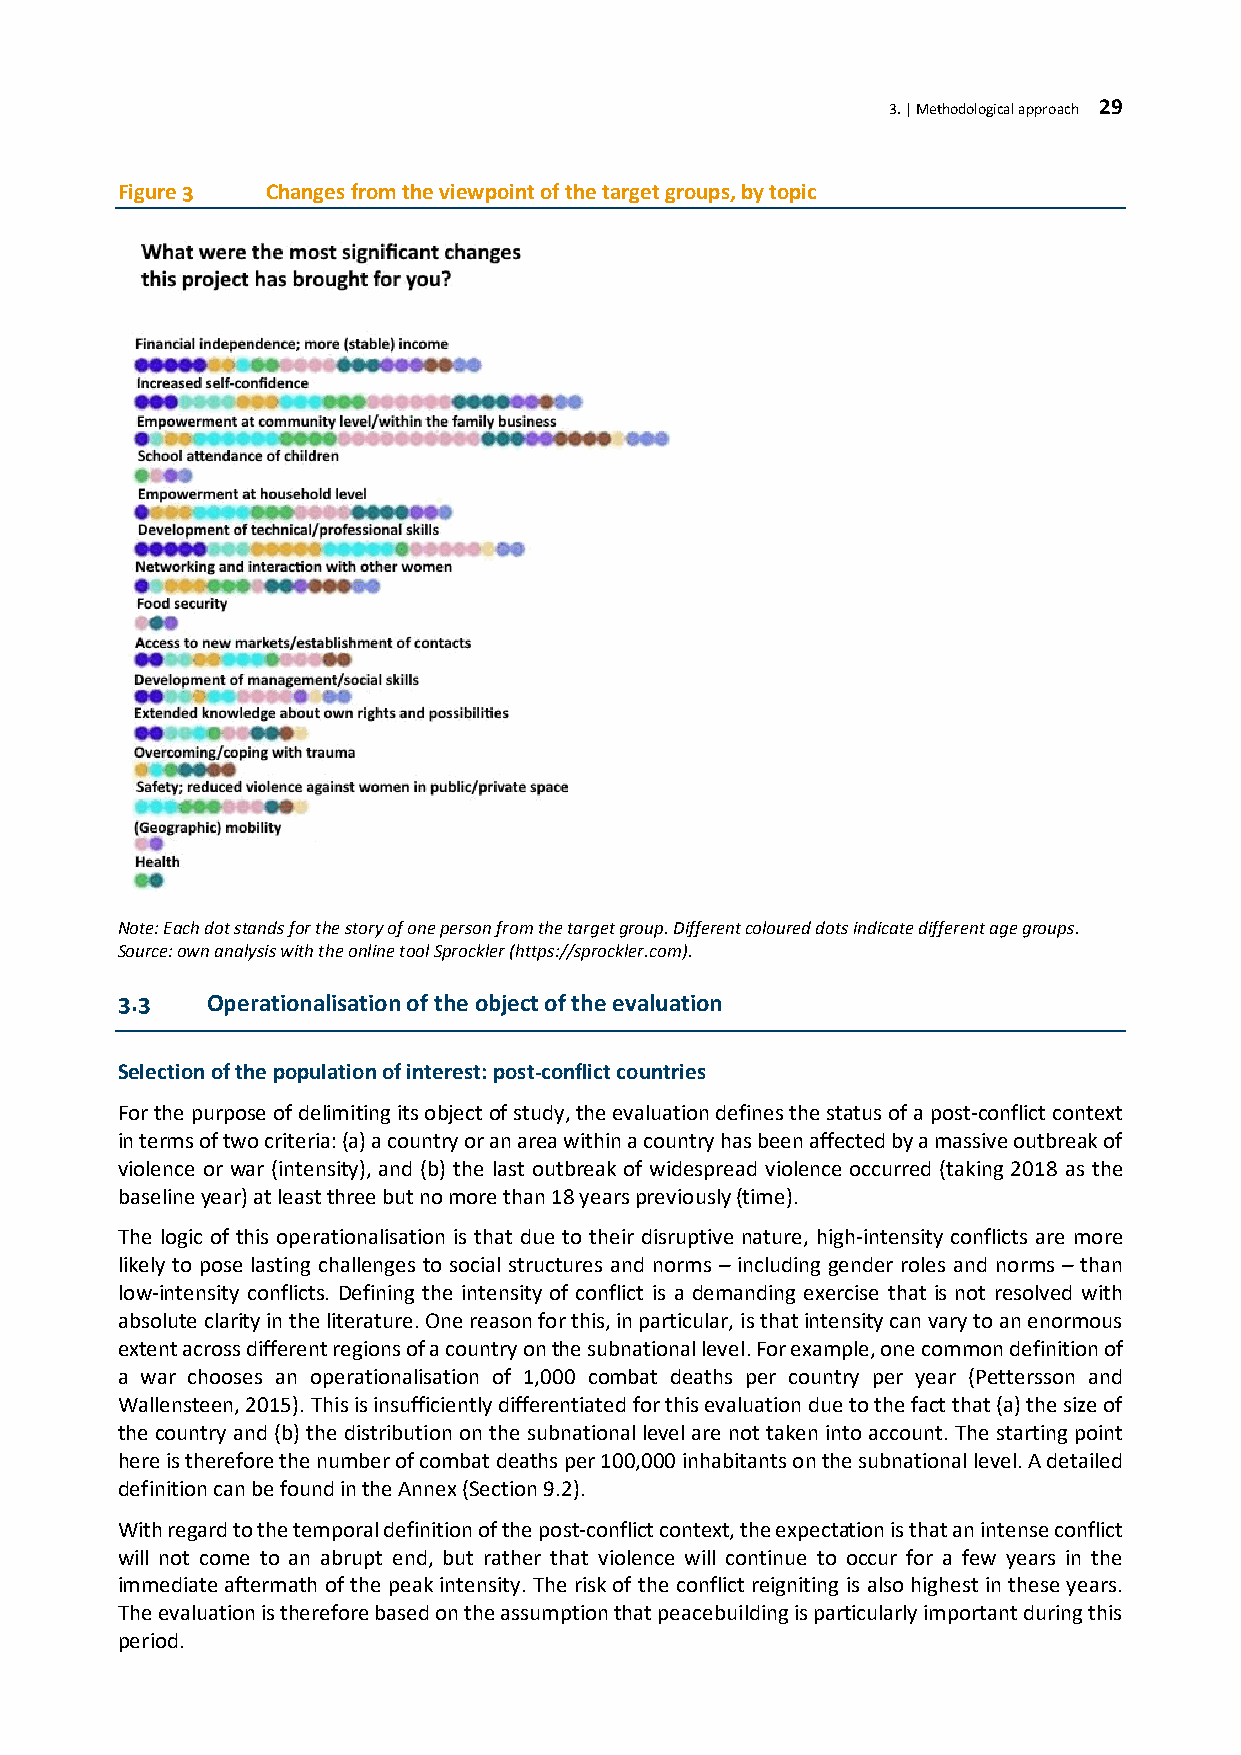
3. | Methodological approach 29
 Figure 3  Changes from the viewpoint of the target groups, by topic
 Note: Each dot stands for the story of one person from the target group. Different coloured dots indicate different age groups.
 Source: own analysis with the online tool Sprockler (https://sprockler.com).
 3.3   Operationalisation of the object of the evaluation
 Selection of the population of interest: post-conflict countries
 For the purpose of delimiting its object of study, the evaluation defines the status of a post-conflict context
 in terms of two criteria: (a) a country or an area within a country has been affected by a massive outbreak of
 violence or war (intensity), and (b) the last outbreak of widespread violence occurred (taking 2018 as the
 baseline year) at least three but no more than 18 years previously (time).
 The logic of this operationalisation is that due to their disruptive nature, high-intensity conflicts are more
 likely to pose lasting challenges to social structures and norms – including gender roles and norms – than
 low-intensity conflicts. Defining the intensity of conflict is a demanding exercise that is not resolved with
 absolute clarity in the literature. One reason for this, in particular, is that intensity can vary to an enormous
 extent across different regions of a country on the subnational level. For example, one common definition of
 a war chooses an operationalisation of 1,000 combat deaths per country per year (Pettersson and
 Wallensteen, 2015). This is insufficiently differentiated for this evaluation due to the fact that (a) the size of
 the country and (b) the distribution on the subnational level are not taken into account. The starting point
 here is therefore the number of combat deaths per 100,000 inhabitants on the subnational level. A detailed
 definition can be found in the Annex (Section 9.2).
 With regard to the temporal definition of the post-conflict context, the expectation is that an intense conflict
 will not come to an abrupt end, but rather that violence will continue to occur for a few years in the
 immediate aftermath of the peak intensity. The risk of the conflict reigniting is also highest in these years.
 The evaluation is therefore based on the assumption that peacebuilding is particularly important during this
 period.